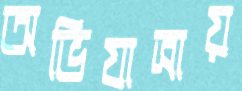
অভিযাত্রায়